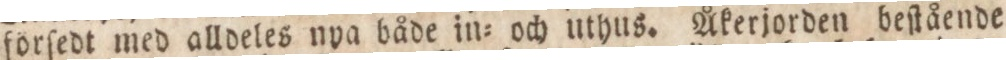
förſedt med alldeles nya både in= och uthus. Åkerjorden beſtående